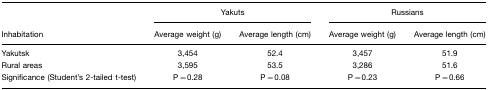
|  | <COLSPAN=2> Yakuts | <COLSPAN=2> Russians |
 | Inhabitation | Average weight (g) | Average length (cm) | Average weight (g) | Average length (cm) |
 | --- | --- | --- | --- | --- |
 | Yakutsk | 3,454 | 52.4 | 3,457 | 51.9 |
 | Rural areas | 3,595 | 53.5 | 3,286 | 51.6 |
 | Significance (Student's 2-tailed t-test) | P=0.28 | P=0.08 | P=0.23 | P=0.66 |